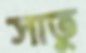
সাতু